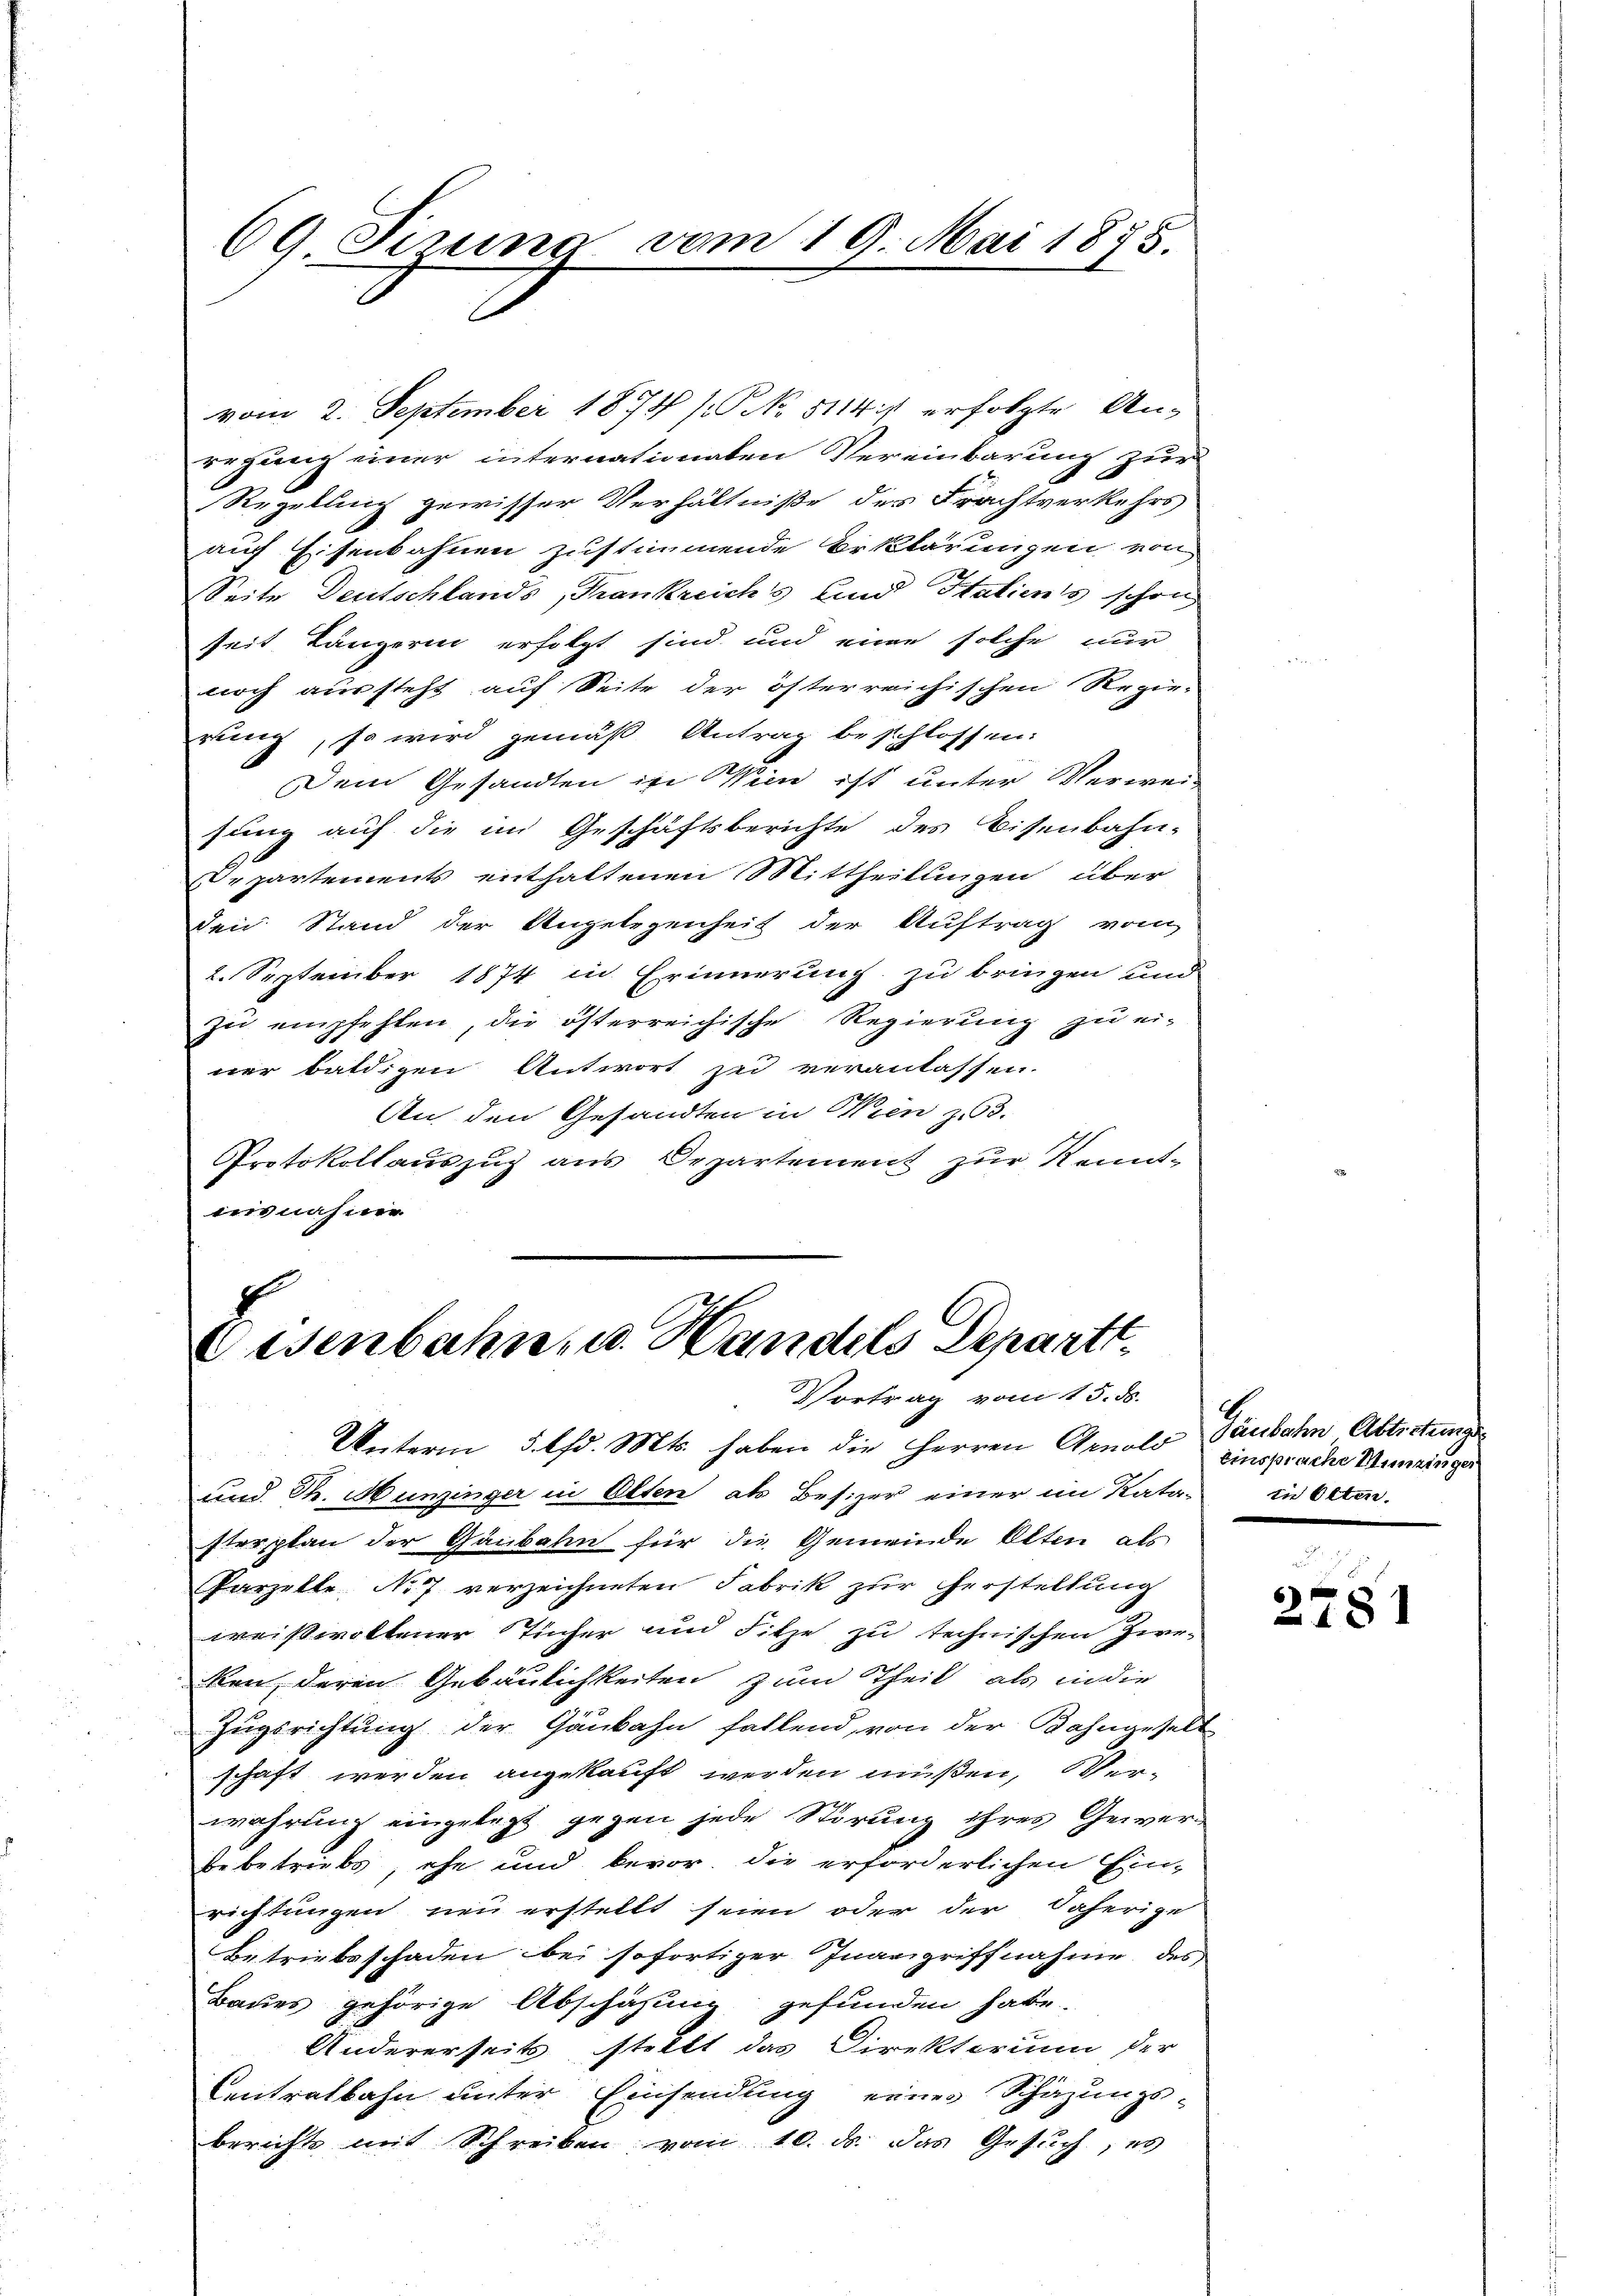
69 Firung vom 19. Mai 1875.

vom 2. September 1878 /: No 5114i) erfolgte An-
regung einer internationaten Vereinbarung zur
Regelung gewisser Verhältniße des Frachtverkehrs
auf Eisenbahnen zustimmende Erklärungen von
Seite Deutschlands, Frankreichs und Statients schon
seit Längerin erfolgt sind und eine solche nur
noch aussteht auf Seite der österreichischen Regier-
rung, so wird gemäß Antrag beschlossen:
Dem Gesandten in Wien ist unter Verweisung auf die im Geschäftsberichte des Eisenbahn-
Departements enthaltenen Mittheilungen über
den Stand der Angelegenheit der Auftrag vom
2. September 1874 in Erinnerung zu bringen und
zu empfehlen, die österreichische Regierung zu ei-
ner baldigen Antwort zu veranlassen.
An den Gesandten in Wien zu 3.
Protokollauszug aus Departement zur Kenntieisnahme

Eisenbahn, u. Handels Departt.
Vortrag vom 15. ds.

Unterm 5. lfd. Mts. haben die Herren Arnold Baubahn Abtretunge
und Th. Hunzinger in Olten als Besizer einer im Kata- in Otten.
sterplan der Gaubahn für die Gemeinde Alten als
Parzelte, No 7 verzeichneten Fabrik zur Herstellung
weißwoltener Tücher und Sitze zu technischen Zie-
ken, deren Gebäulichkeiten zum Theil, als in die
Zugsrichtung der Gänbahn fallend, von der Bahngeselt
schaft werden angekauft werden müßen, Verwahrung eingelegt gegen jede Störung ihres Gewerbebetriebs, ehe und bevor, die erforderlichen Einrichtungen neu erstellt seien oder der daherige
Betriebsschaden bei sofortiger Inangriffnahme des
Baues gehörige Abschäfung gefunden habe.
Andererseits stellt das Direktorium der
Centralbahn unter Einsendung eines Schazungs-
berichte mit Schreiben vom 10. ds. das Gesuch, es

einsprache Hunzinger

2781